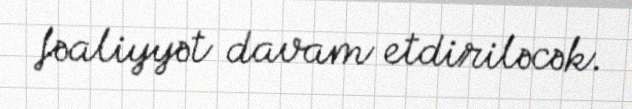
fəaliyyət davam etdiriləcək.